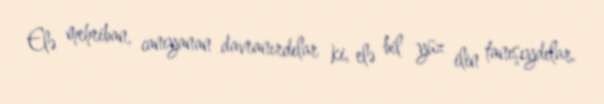
Elə mehriban, canıyanan davranırdılar ki, elə bil yüz ilin tanışıydılar.